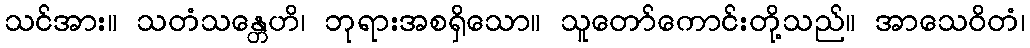
သင်အား။ သတံသန္တေဟိ၊ ဘုရားအစရှိသော။ သူတော်ကောင်းတို့သည်။ အာသေဝိတံ၊